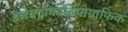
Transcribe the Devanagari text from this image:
इलेक्ट्रोकार्डियोग्राफिक